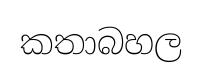
කතාබහල